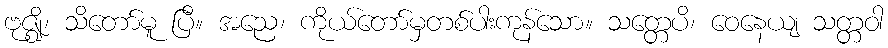
ဗုဇ္ဈိ၊ သိတော်မူ ပြီ။ အညေ၊ ကိုယ်တော်မှတစ်ပါးကုန်သော။ သတ္တေပိ၊ ဝေနေယျ သတ္တဝါ